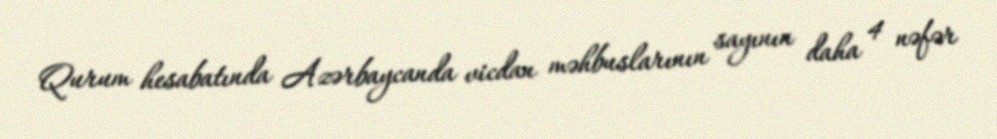
Qurum hesabatında Azərbaycanda vicdan məhbuslarının sayının daha 4 nəfər